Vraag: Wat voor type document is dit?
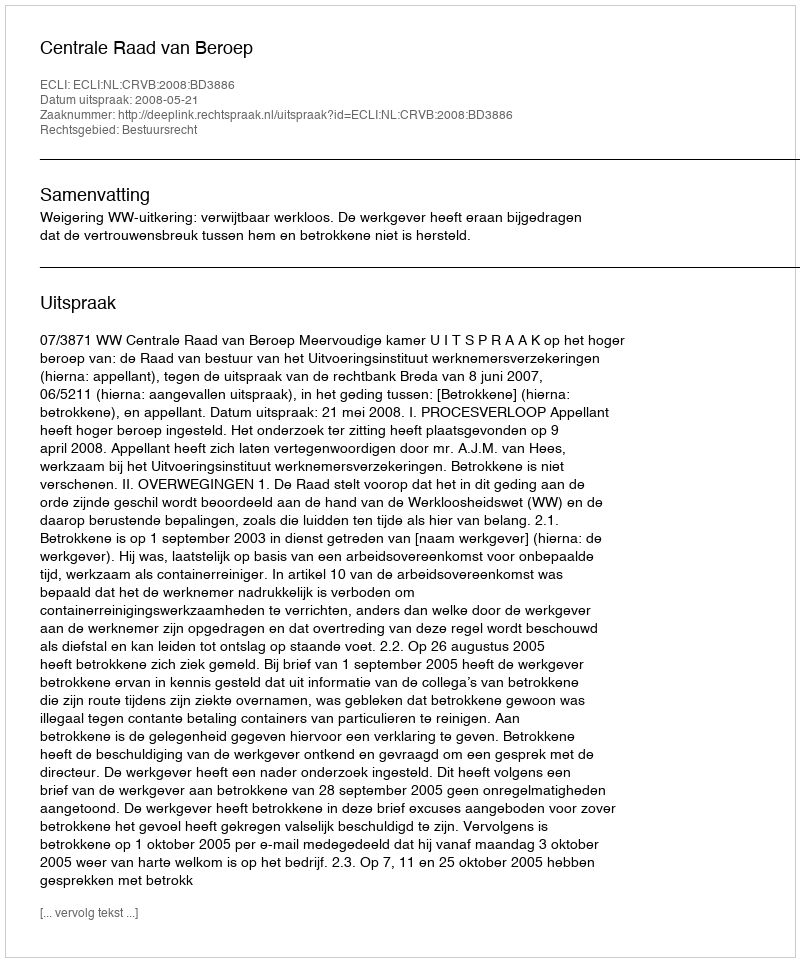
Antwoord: Uitspraak